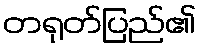
တရုတ်ပြည်၏